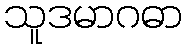
သူဒမာဂဓာ